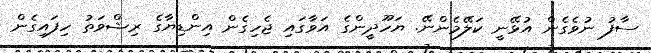
ސާފު ނުވެގެން އުޅޭނީ ކަލޭމެންނޭ. ޔަހޫދީންގެ އަވާގައި ޖެހިގެން އިންޑިޔާގެ ރިޝްވަތު ހިފައިގެން